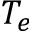
T _ { e }